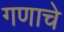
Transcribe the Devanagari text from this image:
गणाचे